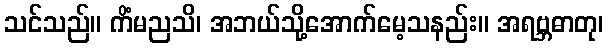
သင်သည်။ ကိံမညသိ၊ အဘယ်သို့အောက်မေ့သနည်း။ အရဗ္ဘဓာတု၊